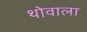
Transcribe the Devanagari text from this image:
थोवाला